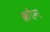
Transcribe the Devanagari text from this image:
क्रौन